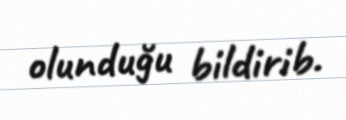
olunduğu bildirib.